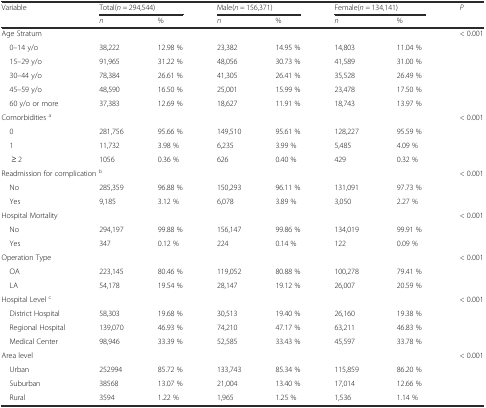
<table><thead><tr><td rowspan="2"><b>Variable</b></td><td colspan="2"><b>Total(<i>n =</i> 294,544)</b></td><td colspan="2"><b>Male(<i>n =</i> 156,371)</b></td><td colspan="2"><b>Female(<i>n =</i> 134,141)</b></td><td rowspan="2"><b><i>P</i></b></td></tr><tr><td><b><i>n</i></b></td><td><b>%</b></td><td><b><i>n</i></b></td><td><b>%</b></td><td><b><i>n</i></b></td><td><b>%</b></td></tr></thead><tbody><tr><td colspan="7">Age Stratum</td><td>&lt; 0.001</td></tr><tr><td> 0–14 y/o</td><td>38,222</td><td>12.98 %</td><td>23,382</td><td>14.95 %</td><td>14,803</td><td>11.04 %</td><td rowspan="5">[EMPTY_CELL]</td></tr><tr><td> 15–29 y/o</td><td>91,965</td><td>31.22 %</td><td>48,056</td><td>30.73 %</td><td>41,589</td><td>31.00 %</td></tr><tr><td> 30–44 y/o</td><td>78,384</td><td>26.61 %</td><td>41,305</td><td>26.41 %</td><td>35,528</td><td>26.49 %</td></tr><tr><td> 45–59 y/o</td><td>48,590</td><td>16.50 %</td><td>25,001</td><td>15.99 %</td><td>23,478</td><td>17.50 %</td></tr><tr><td> 60 y/o or more</td><td>37,383</td><td>12.69 %</td><td>18,627</td><td>11.91 %</td><td>18,743</td><td>13.97 %</td></tr><tr><td colspan="7">Comorbidities <sup>a</sup></td><td>&lt; 0.001</td></tr><tr><td> 0</td><td>281,756</td><td>95.66 %</td><td>149,510</td><td>95.61 %</td><td>128,227</td><td>95.59 %</td><td rowspan="3">[EMPTY_CELL]</td></tr><tr><td> 1</td><td>11,732</td><td>3.98 %</td><td>6,235</td><td>3.99 %</td><td>5,485</td><td>4.09 %</td></tr><tr><td>≥ 2</td><td>1056</td><td>0.36 %</td><td>626</td><td>0.40 %</td><td>429</td><td>0.32 %</td></tr><tr><td colspan="7">Readmission for complication <sup>b</sup></td><td>&lt; 0.001</td></tr><tr><td> No</td><td>285,359</td><td>96.88 %</td><td>150,293</td><td>96.11 %</td><td>131,091</td><td>97.73 %</td><td rowspan="2">[EMPTY_CELL]</td></tr><tr><td> Yes</td><td>9,185</td><td>3.12 %</td><td>6,078</td><td>3.89 %</td><td>3,050</td><td>2.27 %</td></tr><tr><td colspan="7">Hospital Mortality</td><td>&lt; 0.001</td></tr><tr><td> No</td><td>294,197</td><td>99.88 %</td><td>156,147</td><td>99.86 %</td><td>134,019</td><td>99.91 %</td><td rowspan="2">[EMPTY_CELL]</td></tr><tr><td> Yes</td><td>347</td><td>0.12 %</td><td>224</td><td>0.14 %</td><td>122</td><td>0.09 %</td></tr><tr><td colspan="7">Operation Type</td><td>&lt; 0.001</td></tr><tr><td> OA</td><td>223,145</td><td>80.46 %</td><td>119,052</td><td>80.88 %</td><td>100,278</td><td>79.41 %</td><td rowspan="2">[EMPTY_CELL]</td></tr><tr><td> LA</td><td>54,178</td><td>19.54 %</td><td>28,147</td><td>19.12 %</td><td>26,007</td><td>20.59 %</td></tr><tr><td colspan="7">Hospital Level <sup>c</sup></td><td>&lt; 0.001</td></tr><tr><td> District Hospital</td><td>58,303</td><td>19.68 %</td><td>30,513</td><td>19.40 %</td><td>26,160</td><td>19.38 %</td><td rowspan="3">[EMPTY_CELL]</td></tr><tr><td> Regional Hospital</td><td>139,070</td><td>46.93 %</td><td>74,210</td><td>47.17 %</td><td>63,211</td><td>46.83 %</td></tr><tr><td> Medical Center</td><td>98,946</td><td>33.39 %</td><td>52,585</td><td>33.43 %</td><td>45,597</td><td>33.78 %</td></tr><tr><td colspan="7">Area level</td><td>&lt; 0.001</td></tr><tr><td> Urban</td><td>252994</td><td>85.72 %</td><td>133,743</td><td>85.34 %</td><td>115,859</td><td>86.20 %</td><td rowspan="3">[EMPTY_CELL]</td></tr><tr><td> Suburban</td><td>38568</td><td>13.07 %</td><td>21,004</td><td>13.40 %</td><td>17,014</td><td>12.66 %</td></tr><tr><td> Rural</td><td>3594</td><td>1.22 %</td><td>1,965</td><td>1.25 %</td><td>1,536</td><td>1.14 %</td></tr></tbody></table>